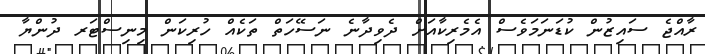
ރާއްޖެ ސައިޒުން ކުޑަނަމަވެސް އެމެރިކާއަށް ދެވިދާނެ ނަސޭހަތް ތަކެއް ހުރިކަން މިނިސްޓަރ ދުންޔާ